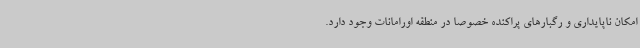
امکان ناپایداری و رگبارهای پراکنده خصوصا در منطقه اورامانات وجود دارد.